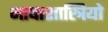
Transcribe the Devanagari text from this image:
भाषाशास्त्रियो